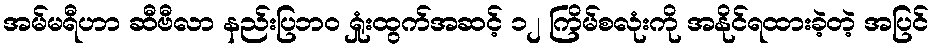
အမ်မရီဟာ ဆီဗီလာ နည်းပြဘ၀ ရှုံးထွက်အဆင့် ၁၂ ကြိမ်စလုံးကို အနိုင်ရထားခဲ့တဲ့ အပြင်